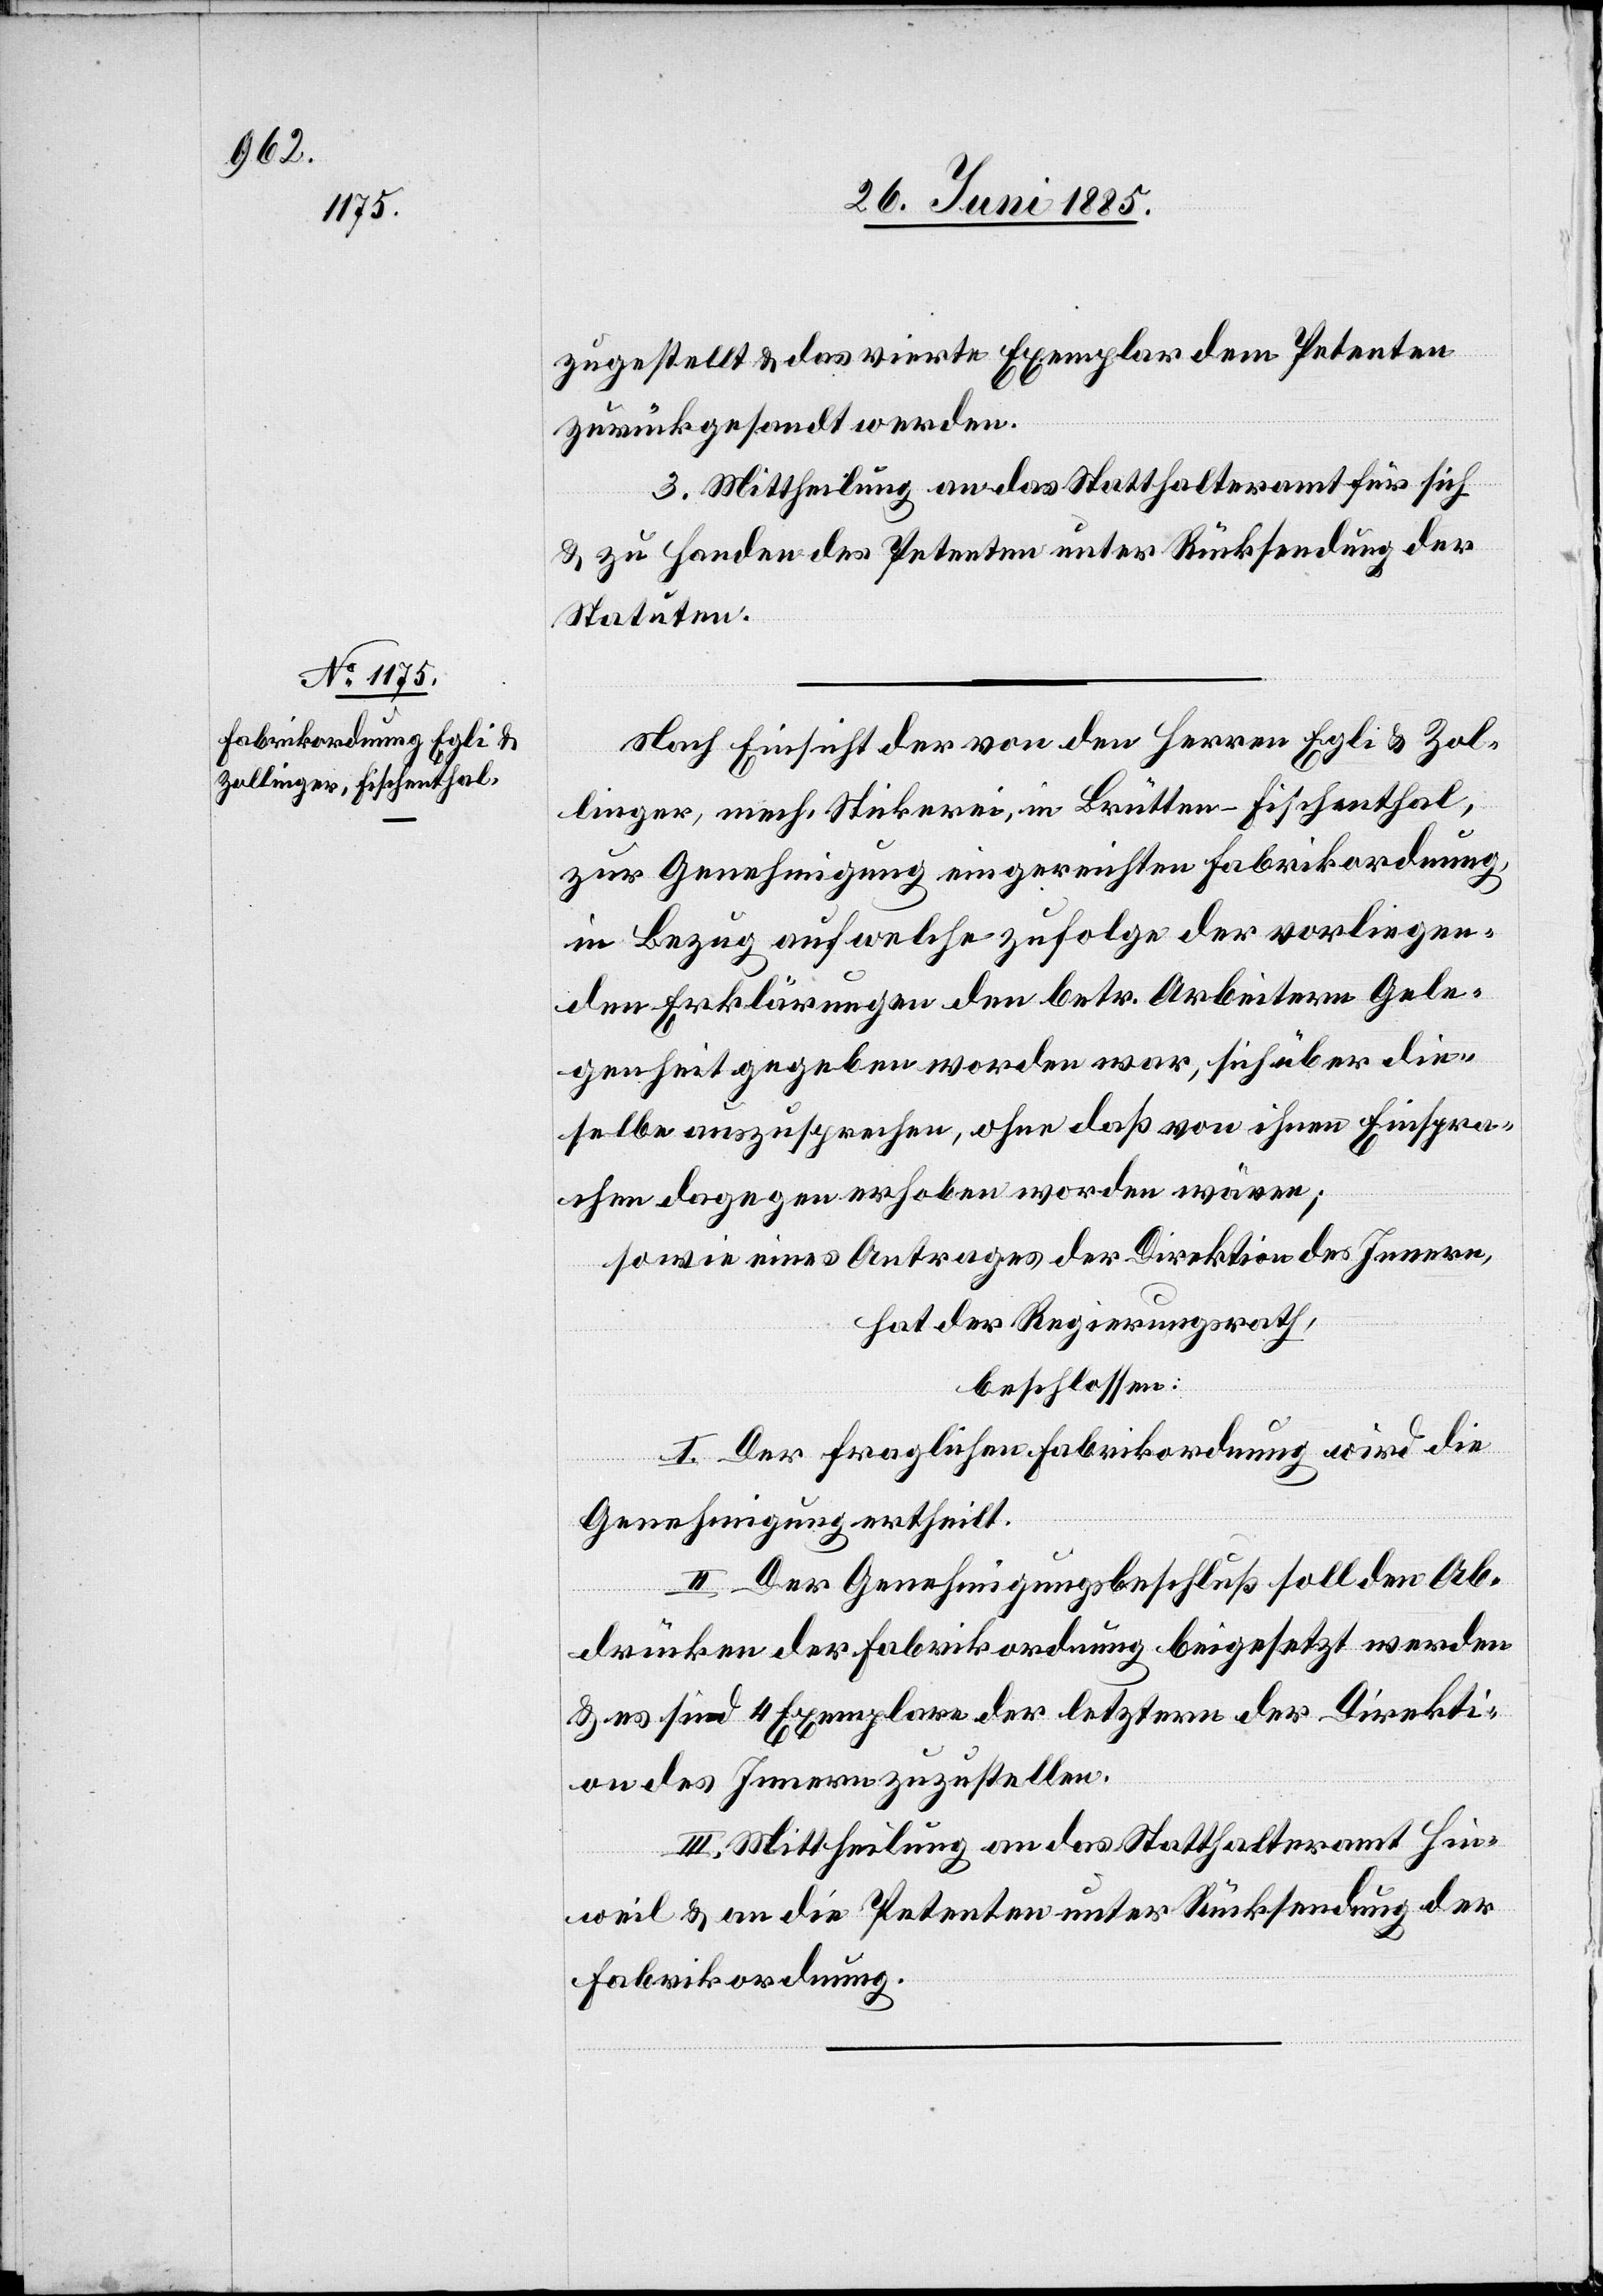
zugestellt & das vierte Exemplar dem Petenten
zurückgesandt werden.
3. Mittheilung an das Statthalteramt für sich
& zu Handen des Petenten unter Rücksendung der
Statuten.
Nach Einsicht der von den Herren Egli & Zol¬
linger, mech. Stickerei, in Brütten - Fischenthal,
zur Genehmigung eingereichten Fabrikordnung,
in Bezug auf welche zufolge der vorliegen¬
den Erklärungen den betr. Arbeitern Gele¬
genheit gegeben worden war, sich über die¬
selbe auszusprechen, ohne daß von ihnen Einspra¬
chen dagegen erhoben worden wären;
sowie eines Antrages der Direktion des Innern,
hat der Regierungsrath,
beschlossen:
I. Der fraglichen Fabrikordnung wird die
Genehmigung ertheilt.
II. Der Genehmigungsbeschluß soll den Ab¬
drücken der Fabrikordnung beigesetzt werden
& es sind 4 Exemplare der letztern der Direkti¬
on des Innern zuzustellen.
III. Mittheilung an das Statthalteramt Hin¬
weil & an die Petenten unter Rücksendung der
Fabrikordnung.